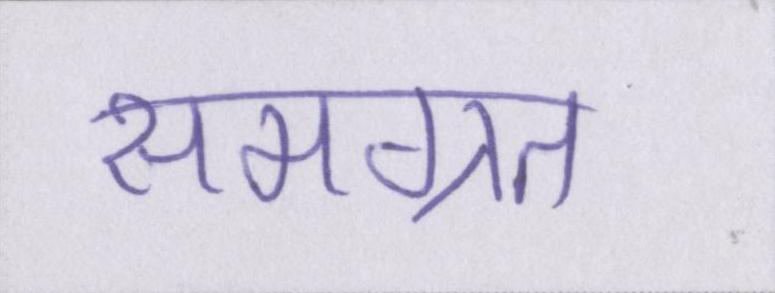
समग्रत